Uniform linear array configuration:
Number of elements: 24
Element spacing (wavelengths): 0.75
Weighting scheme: hamming
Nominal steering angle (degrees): -30
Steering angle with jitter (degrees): -30.327
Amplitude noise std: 0.05
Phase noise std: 0.05

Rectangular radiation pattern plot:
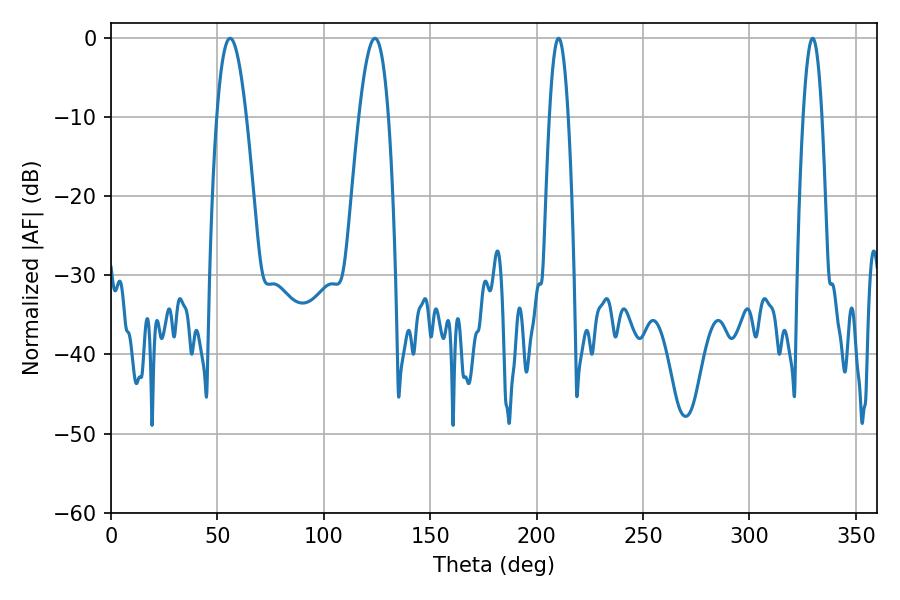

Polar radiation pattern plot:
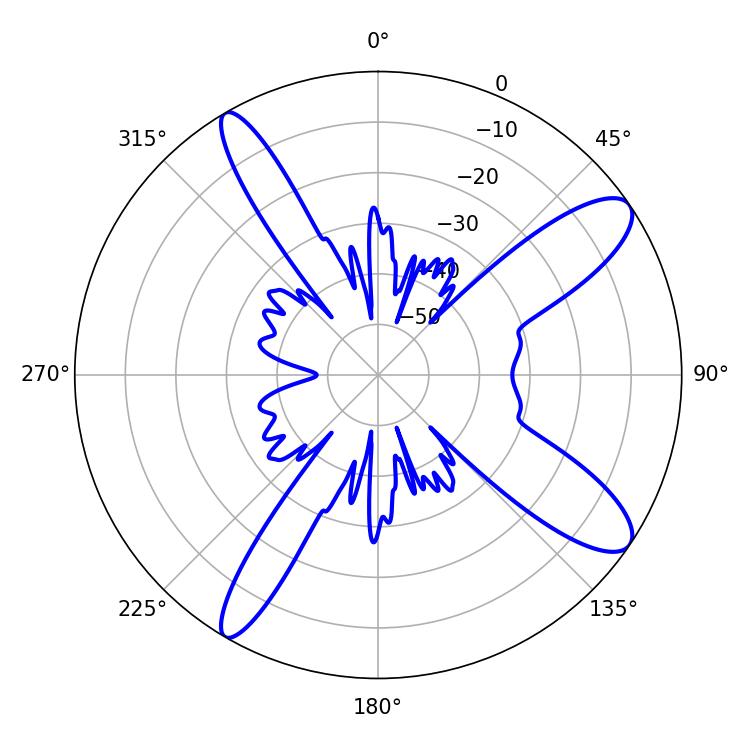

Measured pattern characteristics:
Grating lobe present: TRUE
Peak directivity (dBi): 11.368
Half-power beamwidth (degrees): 7.56
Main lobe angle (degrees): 55.98